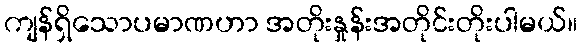
ကျန်ရှိသောပမာဏဟာ အတိုးနှုန်းအတိုင်းတိုးပါမယ်။